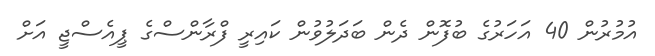
އުމުރުން 40 އަހަރުގެ ބުފޮން ދެން ބަދަލުވުން ކައިރީ ފްރާންސްގެ ޕީއެސްޖީ އަށް